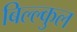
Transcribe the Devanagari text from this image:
बिल्ल्कुल